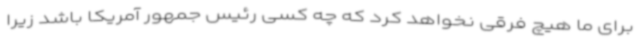
برای ما هیچ فرقی نخواهد کرد که چه کسی رئیس جمهور آمریکا باشد زیرا